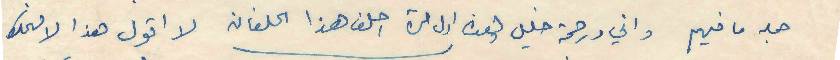
جملة ما فيهم واني ورحمة خليل وهذه اول مرة احلف هذا الحلفان لا اقول هذا لافهمك